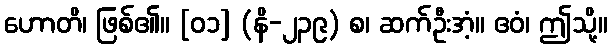
ဟောတိ၊ ဖြစ်၏။ [၀၁] (နိ-၂၃၉) စ၊ ဆက်ဦးအံ့။ ဧဝံ၊ ဤသို့။